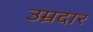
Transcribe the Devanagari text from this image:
उम्रदार